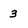
Character: 3